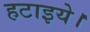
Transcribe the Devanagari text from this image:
हटाइये।